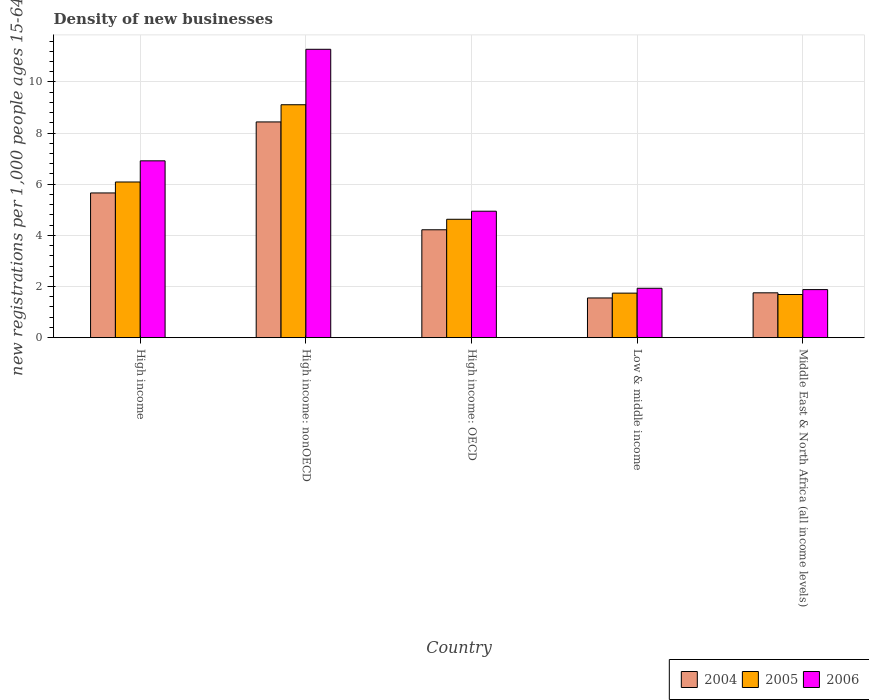
| Country | 2004 | 2005 | 2006 |
 | --- | --- | --- | --- |
 | High income | 5.66 | 6.09 | 6.91 |
 | High income: nonOECD | 8.44 | 9.11 | 11.3 |
 | High income: OECD | 4.22 | 4.63 | 4.94 |
 | Low & middle income | 1.55 | 1.74 | 1.93 |
 | Middle East & North Africa (all income levels) | 1.75 | 1.69 | 1.88 |